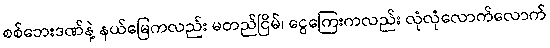
စစ်ဘေးဒဏ်နဲ့ နယ်မြေကလည်း မတည်ငြိမ်၊ ငွေကြေးကလည်း လုံလုံလောက်လောက်